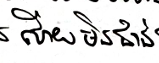
ហើយមិនជាន់